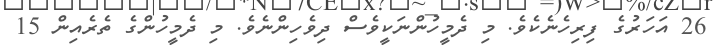
26 އަހަރުގެ ފިރިހެނެކެވެ. މި ދެމީހުންނަކީވެސް ދިވެހިންނެވެ. މި ދެމީހުންގެ ތެރެއިން 15